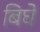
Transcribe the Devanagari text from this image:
बिघे